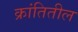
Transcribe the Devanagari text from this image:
क्रांतितील